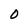
Character: O